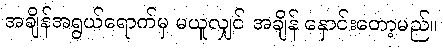
အချိန်အရွယ်ရောက်မှ မယူလျှင် အချိန် နှောင်းတော့မည်။